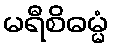
မရီစိဓမ္မံ